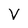
Character: V